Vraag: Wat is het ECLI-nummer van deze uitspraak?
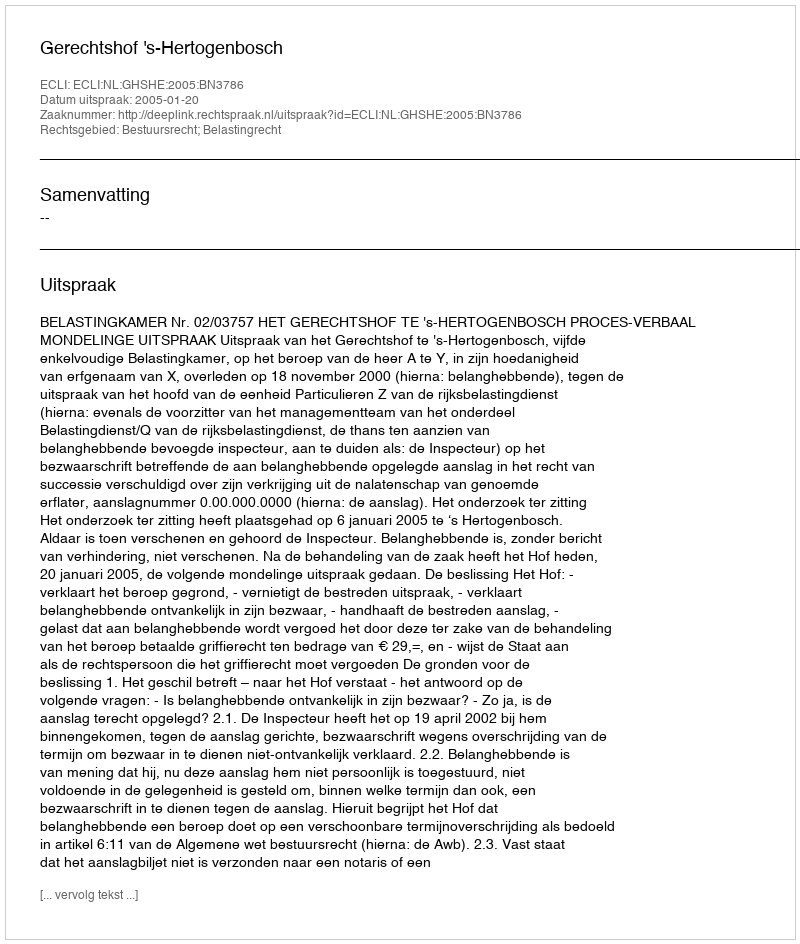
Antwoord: ECLI:NL:GHSHE:2005:BN3786